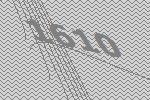
1610